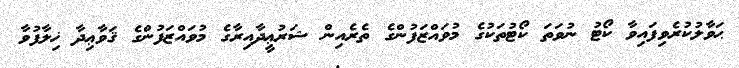
ޙަވާލުކުރެވިފައިވާ ކޯޓު ނުވަތަ ކޯޓުތަކުގެ މުވައްޒަފުންގެ ތެރެއިން ޝަރުޢީދާއިރާގެ މުވައްޒަފުންގެ ޤަވާޢިދާ ޚިލާފުވާ